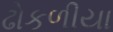
ઢોકળીયા